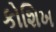
કોશિખ